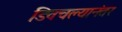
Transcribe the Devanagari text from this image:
डिवचल्यानंतर